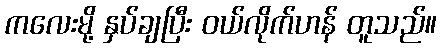
ကလေးမို့ နှပ်ချပြီး ဝယ်လိုက်ဟန် တူသည်။